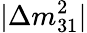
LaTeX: \lvert\Delta m_{31}^{2}\rvert